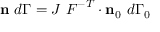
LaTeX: \mathbf { n } ~ d \Gamma = J ~ { \boldsymbol { F } } ^ { - T } \cdot \mathbf { n } _ { 0 } ~ d \Gamma _ { 0 }